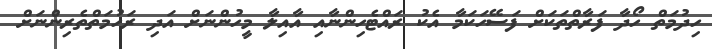
ހިދުމަތް ހޯދާ ފަރާތްތަކަށް ފަސޭހަކަމާ އެކު ރައްޓެހިންނާއި އާއިލާ މީހުންނަށް އަދި ރަހުމަތްތެރިންނަށް